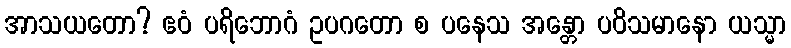
အာသယတော? ဧဝံ ပရိဘောဂံ ဥပဂတော စ ပနေသ အန္တော ပဝိသမာနော ယသ္မာ